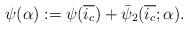
LaTeX: \begin{align*}\psi(\alpha):=\psi(\overline{i_{c}})+\bar{\psi}_{2}(\overline{i_{c}};\alpha). \end{align*}